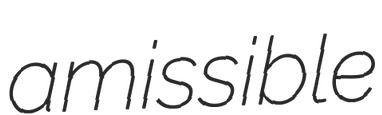
amissible